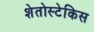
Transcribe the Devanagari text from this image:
शेतोस्टेकिस